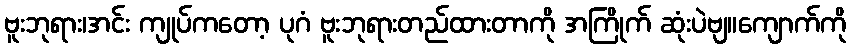
ဗူးဘုရား၊အင်း ကျုပ်ကတော့ ပုဂံ ဗူးဘုရားတည်ထားတာကို အကြိုက် ဆုံးပဲဗျ။ကျောက်ကို